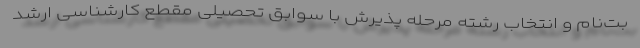
بت‌نام و انتخاب رشته مرحله پذیرش با سوابق تحصیلی مقطع کارشناسی ارشد